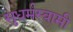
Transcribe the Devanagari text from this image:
सुधर्मस्वामी